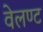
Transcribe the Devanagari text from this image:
वेलण्ट